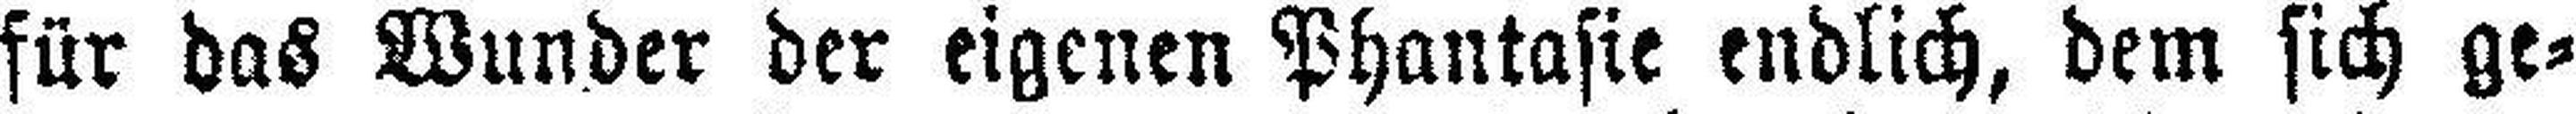
für das Wunder der eigenen Phantasie endlich, dem sich ge¬